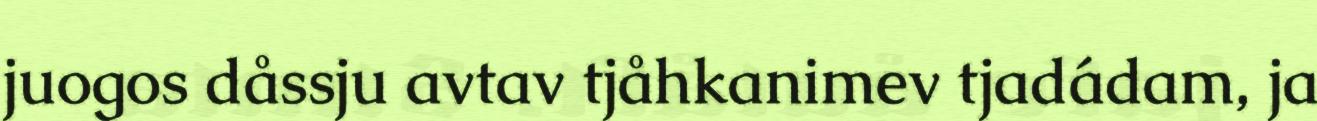
juogos dåssju avtav tjåhkanimev tjadádam, ja